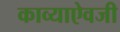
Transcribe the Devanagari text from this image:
काव्याऐवजी